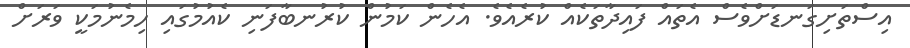
އިސްތަށިގަނޑަށްވެސް އެތައް ފައިދާތަކެއް ކުރެއެވެ. އެހެން ކަމުން ކުރުނބާފަނި ކެއުމުގައި ހިމެނުމަކީ ވަރަށް